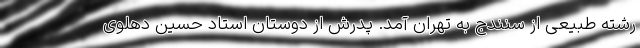
رشته طبیعی از سنندج به تهران آمد. پدرش از دوستان استاد حسین دهلوی